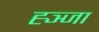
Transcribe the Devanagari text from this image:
ह्ञ्जा